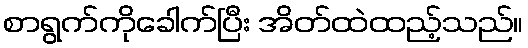
စာရွက်ကိုခေါက်ပြီး အိတ်ထဲထည့်သည်။